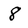
Character: 8